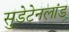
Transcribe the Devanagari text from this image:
सुडेटेनलांड